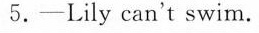
5.—Lily can't swim.